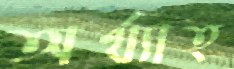
অর্থ্যাত্